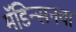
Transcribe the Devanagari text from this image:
मॅडिन्सनचा